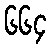
၆၆၄